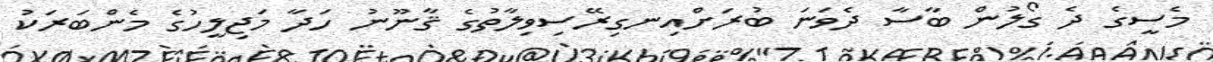
މެސީގެ ދެ ގޯލުން ބާސާ ދެވަނަ ބުރަށްއިނގިރޭސިވިލާތުގެ ޤާނޫނު ހަދާ މަޖިލީހުގެ މެންބަރަކު